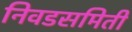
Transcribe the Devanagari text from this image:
निवडसमिती